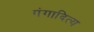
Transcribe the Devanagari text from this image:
गंगादित्य